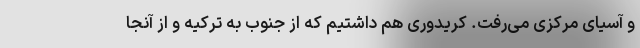
و آسیای مرکزی می‌رفت. کریدوری هم داشتیم که از جنوب به ترکیه و از آنجا